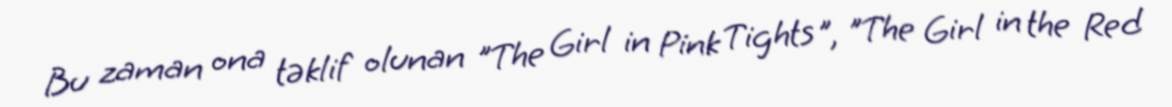
Bu zaman ona təklif olunan "The Girl in Pink Tights", "The Girl in the Red